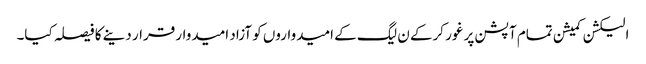
الیکشن کمیشن تمام آپشن پر غور کرکے ن لیگ کے امیدواروں کو آزاد امیدوار قرار دینے کا فیصلہ کیا۔